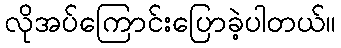
လိုအပ်ကြောင်းပြောခဲ့ပါတယ်။